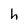
Character: h